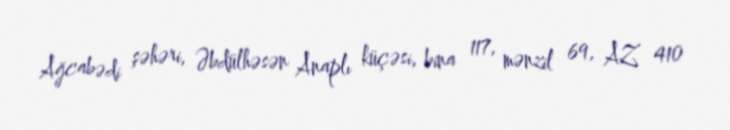
Ağcabədi şəhəri, Əbdülhəsən Anaplı küçəsi, bina 117, mənzil 69, AZ 410